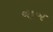
નાજ